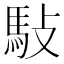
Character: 𬳩